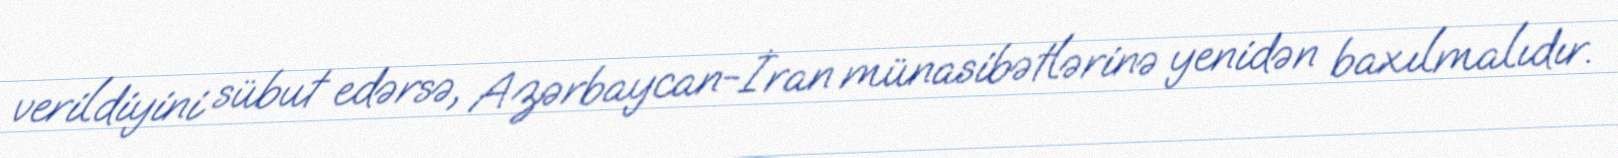
verildiyini sübut edərsə, Azərbaycan-İran münasibətlərinə yenidən baxılmalıdır.